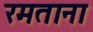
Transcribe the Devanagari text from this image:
रमताना